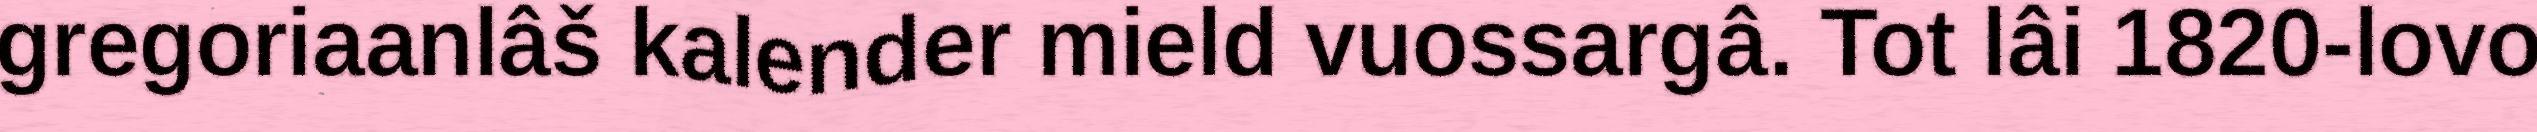
gregoriaanlâš kalender mield vuossargâ. Tot lâi 1820-lovo